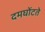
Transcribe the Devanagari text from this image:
दमघोंटते